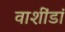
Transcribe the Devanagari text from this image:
वाशींडां